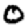
Digit: 0